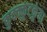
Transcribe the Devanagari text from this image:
कुक्क्कुटकुंबा